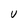
Character: U